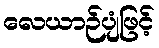
လေယာဉ်ပျံဖြင့်